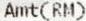
AMT(RM)